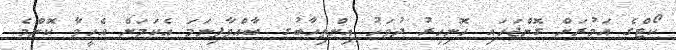
ކޯޓްގެ އަމުރަށް ގޮންޖަހައި ހޮނިހިރު ދުވަހު އިންތިހާބުގ ބާއްވާފިނަމަ އެކަމަށް އެހީވާ ކޮންމެ